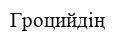
Гроцийдің